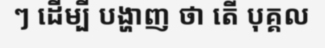
ៗ ដើម្បី បង្ហាញ ថា តើ បុគ្គល